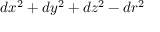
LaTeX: d x ^ { 2 } + d y ^ { 2 } + d z ^ { 2 } - d r ^ { 2 }